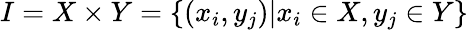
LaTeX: I=X\times Y=\{ (x_{i},y_{j})|x_{i}\in X,y_{j}\in Y\}